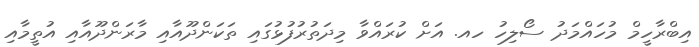
އިބްރާހީމް މުހައްމަދު ސޯލިހު ހއ. އަށް ކުރައްވާ މިދަތުރުފުޅުގައި ތަކަންދޫއާއި މާރަންދޫއާއި އުތީމާއި